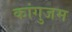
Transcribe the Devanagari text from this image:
कांगुजम